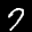
Label: 7